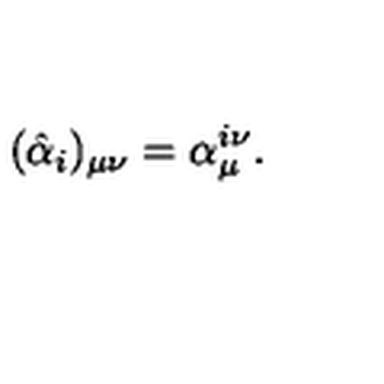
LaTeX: ( \hat { \alpha } _ { i } ) _ { \mu \nu } = \alpha _ { \mu } ^ { i \nu } .